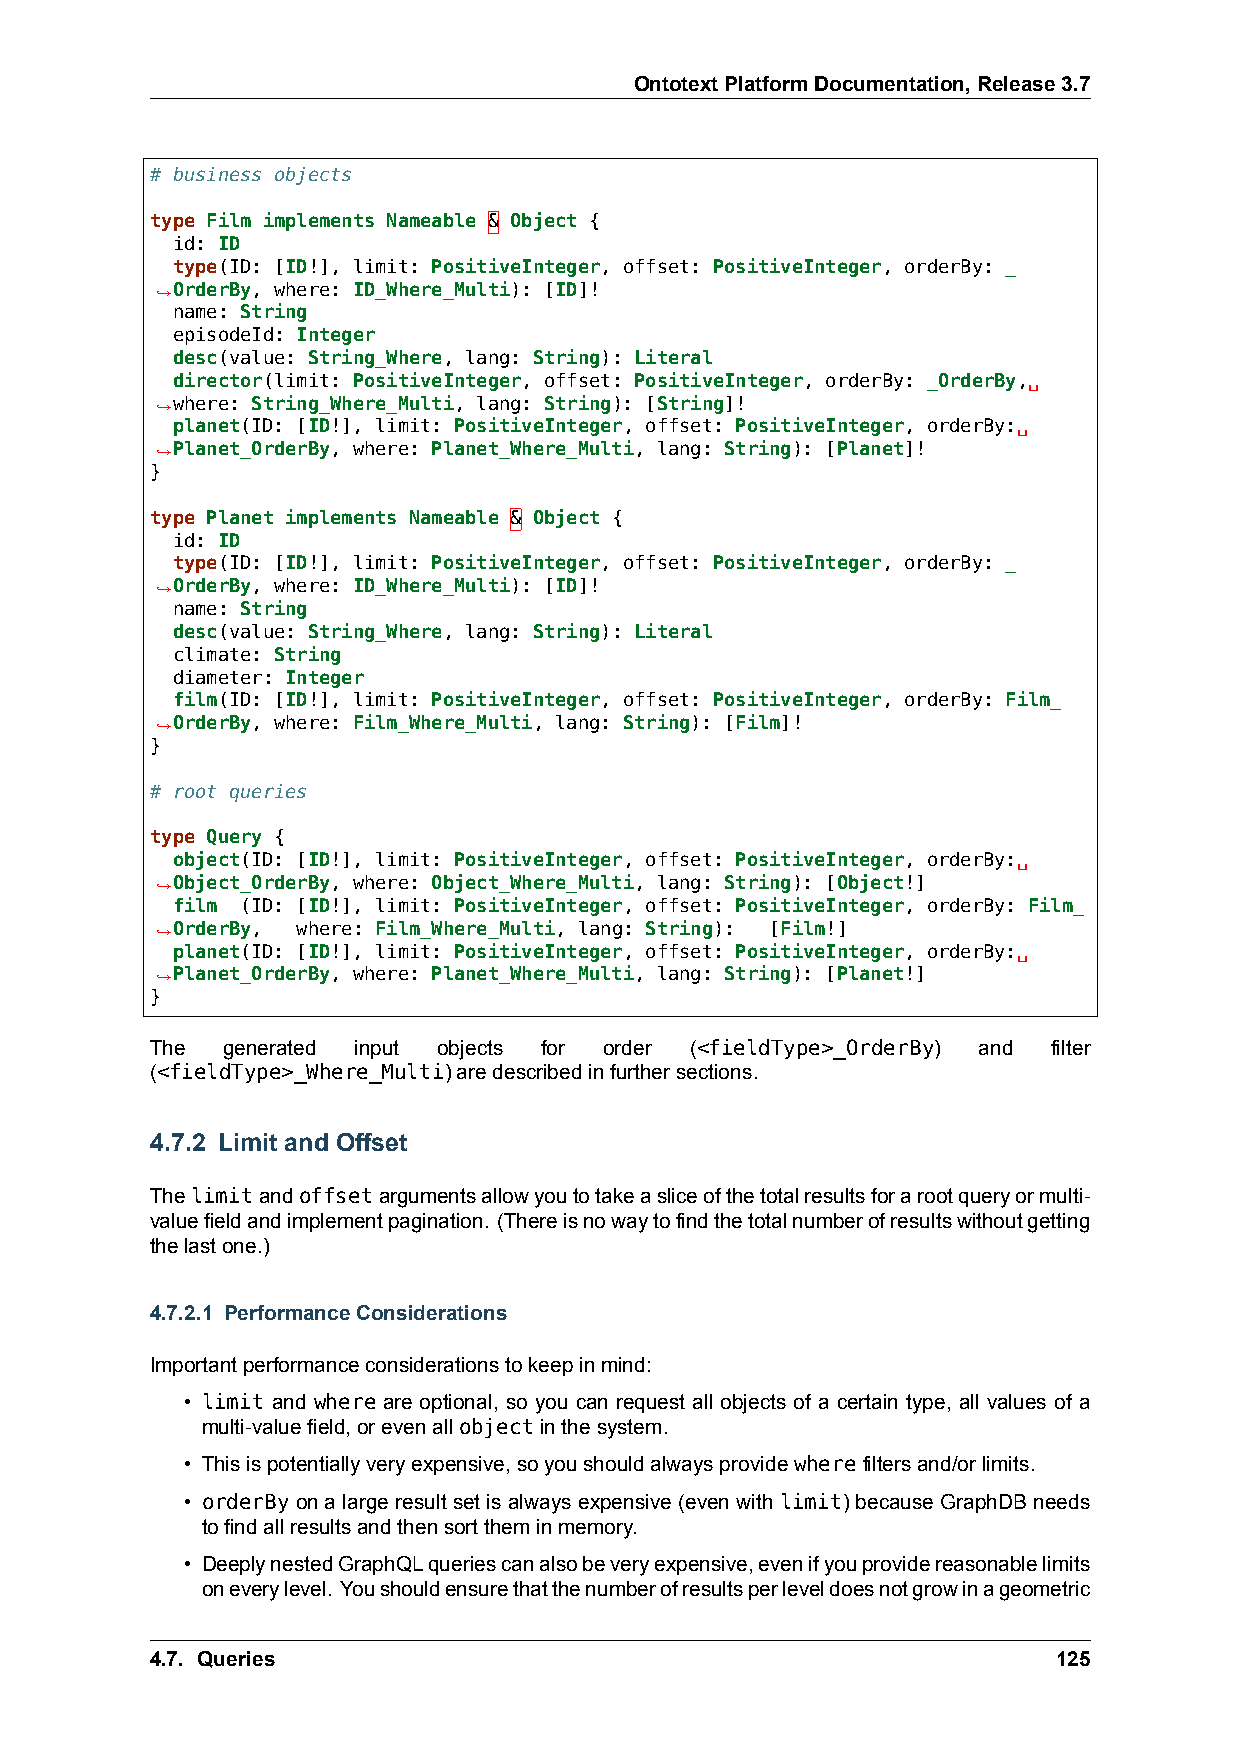
OntotextPlatformDocumentation,Release3.7
 # business objects
 type Film implements Nameable & Object {
 id: ID
 type(ID: [ID!], limit: PositiveInteger, offset: PositiveInteger, orderBy: _
 ,→OrderBy, where: ID_Where_Multi): [ID]!
 name: String
 episodeId: Integer
 desc(value: String_Where, lang: String): Literal
 director(limit: PositiveInteger, offset: PositiveInteger, orderBy: _OrderBy,␣
 ,→where: String_Where_Multi, lang: String): [String]!
 planet(ID: [ID!], limit: PositiveInteger, offset: PositiveInteger, orderBy:␣
 ,→Planet_OrderBy, where: Planet_Where_Multi, lang: String): [Planet]!
 }
 type Planet implements Nameable & Object {
 id: ID
 type(ID: [ID!], limit: PositiveInteger, offset: PositiveInteger, orderBy: _
 ,→OrderBy, where: ID_Where_Multi): [ID]!
 name: String
 desc(value: String_Where, lang: String): Literal
 climate: String
 diameter: Integer
 film(ID: [ID!], limit: PositiveInteger, offset: PositiveInteger, orderBy: Film_
 ,→OrderBy, where: Film_Where_Multi, lang: String): [Film]!
 }
 # root queries
 type Query {
 object(ID: [ID!], limit: PositiveInteger, offset: PositiveInteger, orderBy:␣
 ,→Object_OrderBy, where: Object_Where_Multi, lang: String): [Object!]
 film (ID: [ID!], limit: PositiveInteger, offset: PositiveInteger, orderBy: Film_
 ,→OrderBy, where: Film_Where_Multi, lang: String): [Film!]
 planet(ID: [ID!], limit: PositiveInteger, offset: PositiveInteger, orderBy:␣
 ,→Planet_OrderBy, where: Planet_Where_Multi, lang: String): [Planet!]
 }
 The  generated input objects for order (<fieldType>_OrderBy) and filter
 (<fieldType>_Where_Multi)aredescribedinfurthersections.
 4.7.2 Limit and Offset
 Thelimitandoffsetargumentsallowyoutotakeasliceofthetotalresultsforarootqueryormulti-
 valuefieldandimplementpagination. (Thereisnowaytofindthetotalnumberofresultswithoutgetting
 thelastone.)
 4.7.2.1 PerformanceConsiderations
 Importantperformanceconsiderationstokeepinmind:
 • limit and where are optional, so you can request all objects of a certain type, all values of a
 multi-valuefield,orevenallobjectinthesystem.
 • Thisispotentiallyveryexpensive,soyoushouldalwaysprovidewherefiltersand/orlimits.
 • orderBy on a large result set is always expensive (even with limit) because GraphDB needs
 tofindallresultsandthensorttheminmemory.
 • DeeplynestedGraphQLqueriescanalsobeveryexpensive,evenifyouprovidereasonablelimits
 oneverylevel. Youshouldensurethatthenumberofresultsperleveldoesnotgrowinageometric
 4.7. Queries                                                125